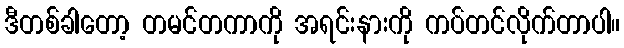
ဒီတစ်ခါတော့ တမင်တကာကို အရင်းနားကို ကပ်တင်လိုက်တာပါ။